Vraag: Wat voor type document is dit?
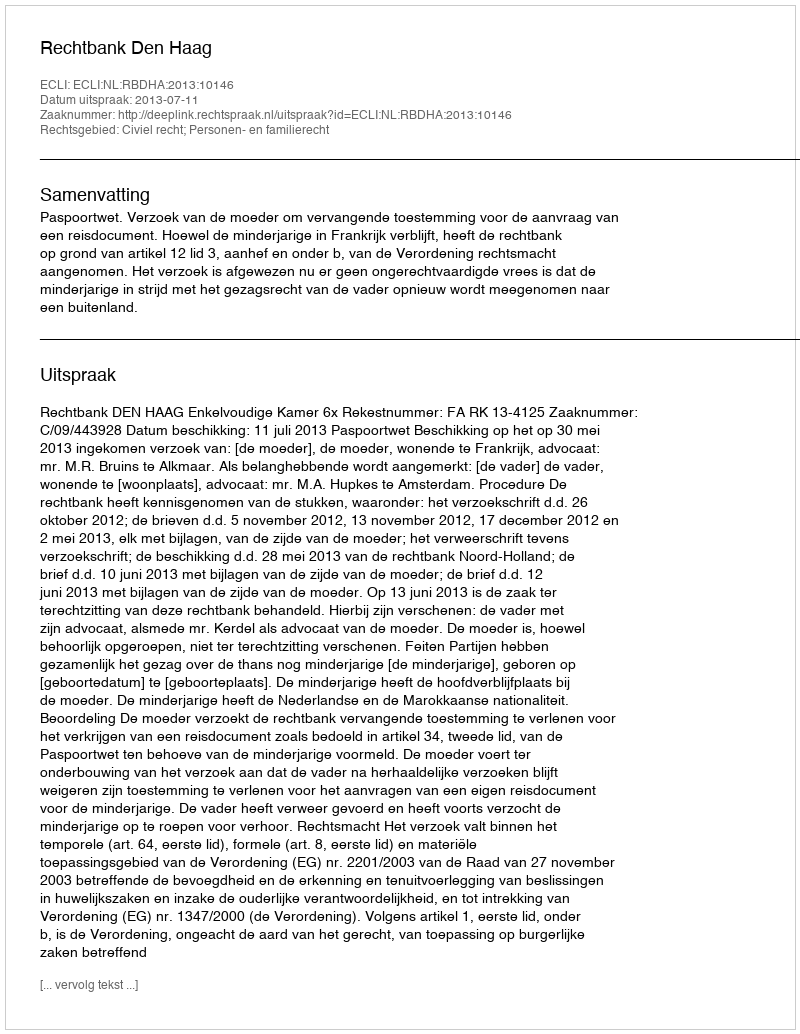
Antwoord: Uitspraak